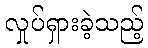
လှုပ်ရှားခဲ့သည့်